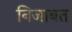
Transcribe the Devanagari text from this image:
निजाबत